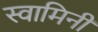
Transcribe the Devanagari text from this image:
स्‍वामिनी